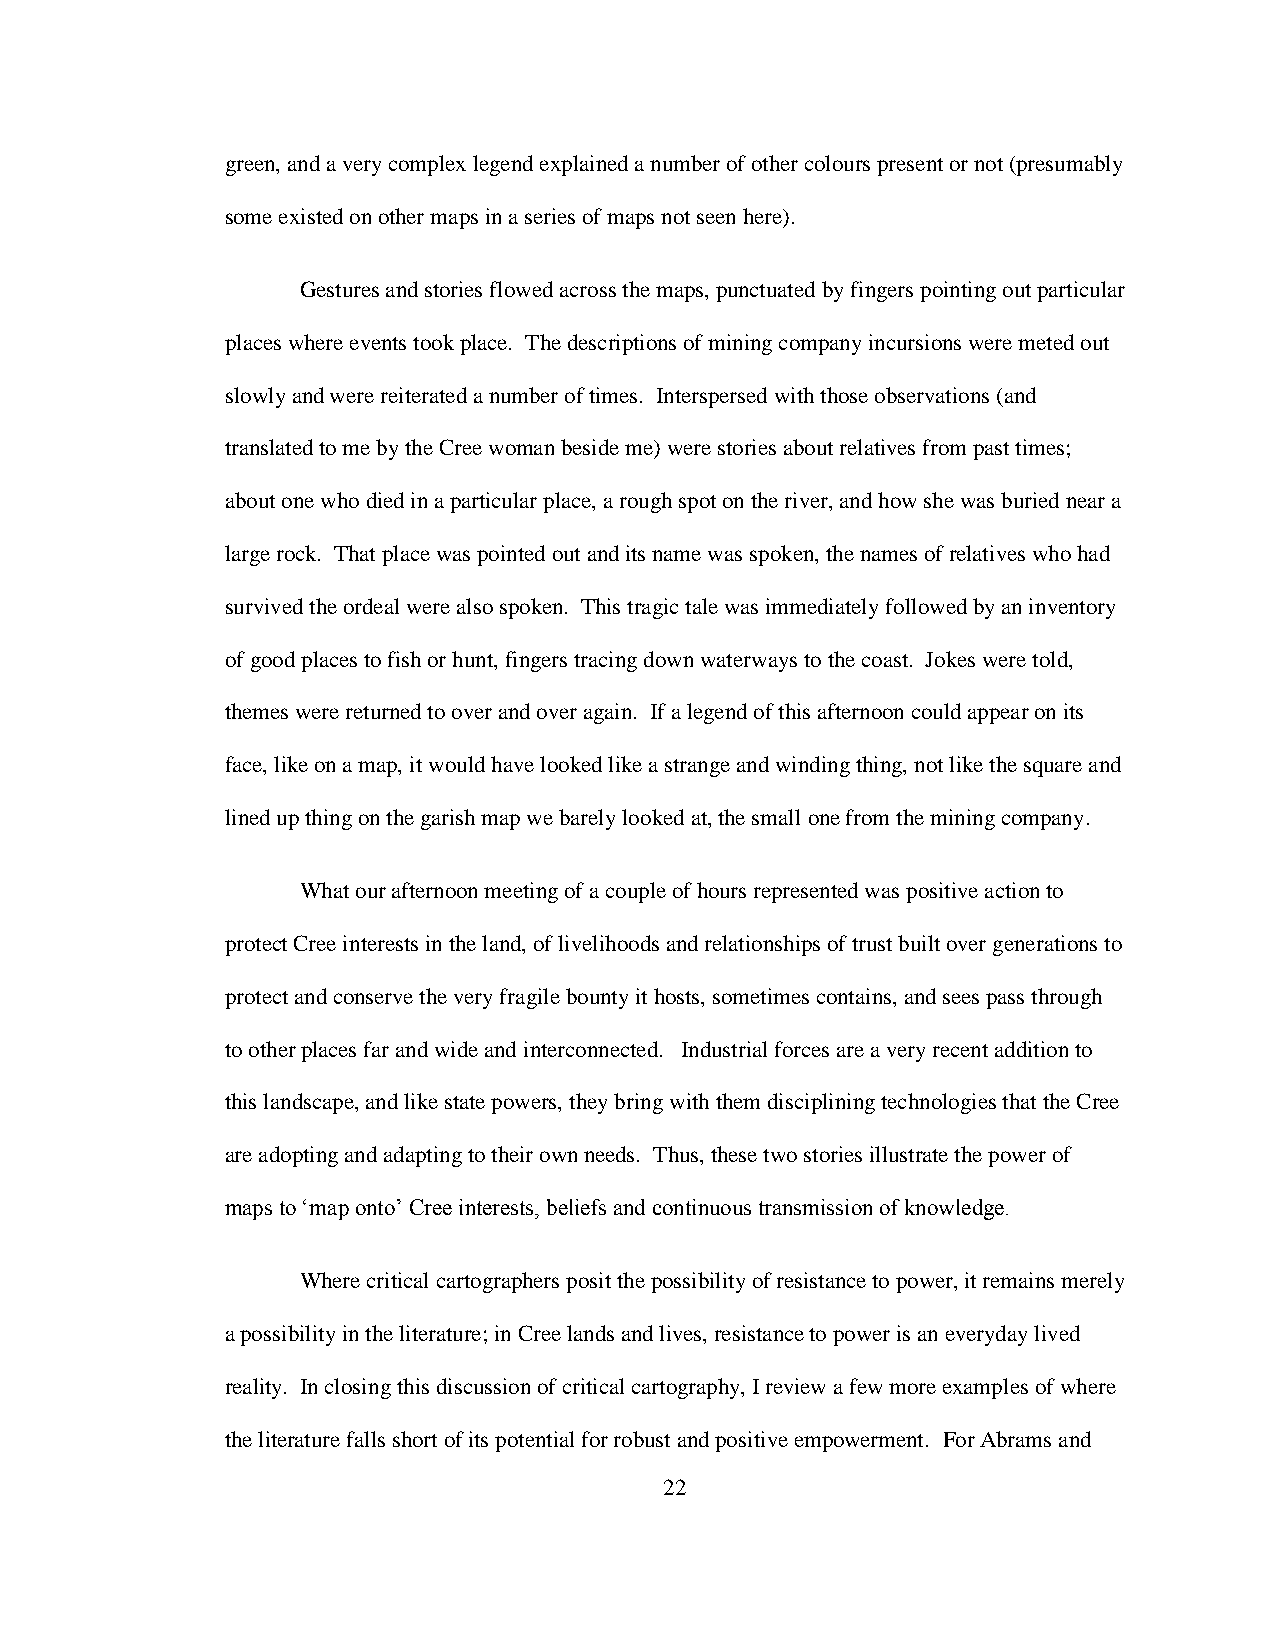
green, and a very complex legend explained a number of other colours present or not (presumably
 some existed on other maps in a series of maps not seen here).
 Gestures and stories flowed across the maps, punctuated by fingers pointing out particular
 places where events took place. The descriptions of mining company incursions were meted out
 slowly and were reiterated a number of times. Interspersed with those observations (and
 translated to me by the Cree woman beside me) were stories about relatives from past times;
 about one who died in a particular place, a rough spot on the river, and how she was buried near a
 large rock. That place was pointed out and its name was spoken, the names of relatives who had
 survived the ordeal were also spoken. This tragic tale was immediately followed by an inventory
 of good places to fish or hunt, fingers tracing down waterways to the coast. Jokes were told,
 themes were returned to over and over again. If a legend of this afternoon could appear on its
 face, like on a map, it would have looked like a strange and winding thing, not like the square and
 lined up thing on the garish map we barely looked at, the small one from the mining company.
 What our afternoon meeting of a couple of hours represented was positive action to
 protect Cree interests in the land, of livelihoods and relationships of trust built over generations to
 protect and conserve the very fragile bounty it hosts, sometimes contains, and sees pass through
 to other places far and wide and interconnected. Industrial forces are a very recent addition to
 this landscape, and like state powers, they bring with them disciplining technologies that the Cree
 are adopting and adapting to their own needs. Thus, these two stories illustrate the power of
 maps to „map onto‟ Cree interests, beliefs and continuous transmission of knowledge.
 Where critical cartographers posit the possibility of resistance to power, it remains merely
 a possibility in the literature; in Cree lands and lives, resistance to power is an everyday lived
 reality. In closing this discussion of critical cartography, I review a few more examples of where
 the literature falls short of its potential for robust and positive empowerment. For Abrams and
 22